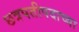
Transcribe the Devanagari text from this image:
छत्रपतीपदाच्या